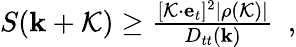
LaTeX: \begin{array}{r}{S({\mathbf k}+{\cal K})\ge\frac{[{\cal K}\cdot{\mathbf e}_{t}]^{2}|\rho({\cal K})|}{D_{tt}({\mathbf k})}~~,}\end{array}